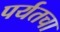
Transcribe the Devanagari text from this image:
पर्यतचा